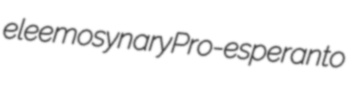
eleemosynary Pro-esperanto